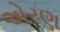
એરણ